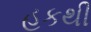
હકથી